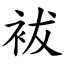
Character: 袚